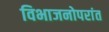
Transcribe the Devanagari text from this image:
विभाजनोपरांत